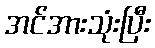
အင်အားသုံးပြီး